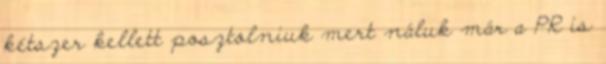
kétszer kellett posztolniuk mert náluk már a PR is